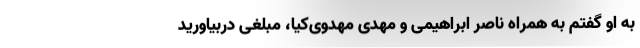
به او گفتم به همراه ناصر ابراهیمی و مهدی مهدوی‌کیا، مبلغی دربیاورید